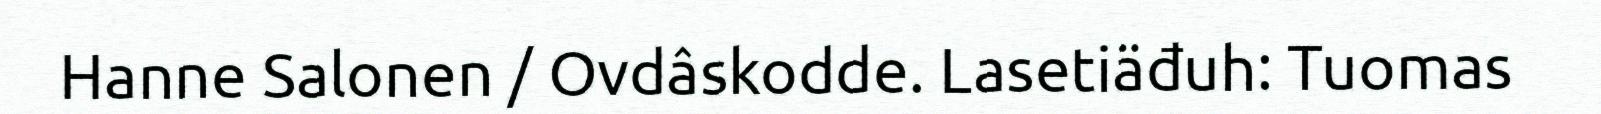
Hanne Salonen / Ovdâskodde. Lasetiäđuh: Tuomas